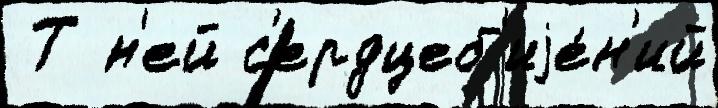
 Т н'ей с'ердцеб'иjе́н'ий